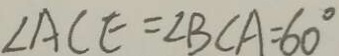
\angle A C E = \angle B C A = 6 0 ^ { \circ }